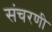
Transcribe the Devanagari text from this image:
संचरणी